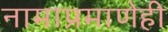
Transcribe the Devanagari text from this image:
नामाप्रमाणेही